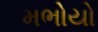
મભોયો